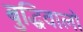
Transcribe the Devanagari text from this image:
बुद्धिवालों